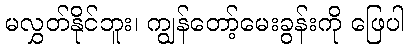
မလွှတ်နိုင်ဘူး၊ ကျွန်တော့်မေးခွန်းကို ဖြေပါ